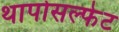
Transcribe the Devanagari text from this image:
थापोसल्फेट